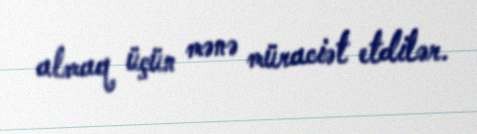
almaq üçün mənə müraciət etdilər.